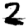
Digit: 2